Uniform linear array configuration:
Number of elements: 8
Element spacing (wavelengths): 1
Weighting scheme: hann
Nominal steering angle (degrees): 30
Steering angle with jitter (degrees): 29.936
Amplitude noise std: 0.05
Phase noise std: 0.05

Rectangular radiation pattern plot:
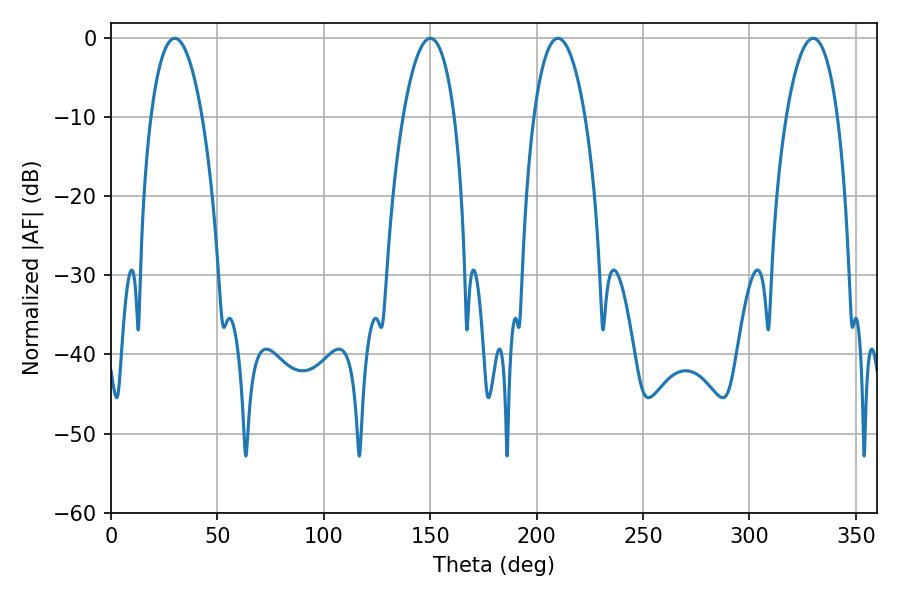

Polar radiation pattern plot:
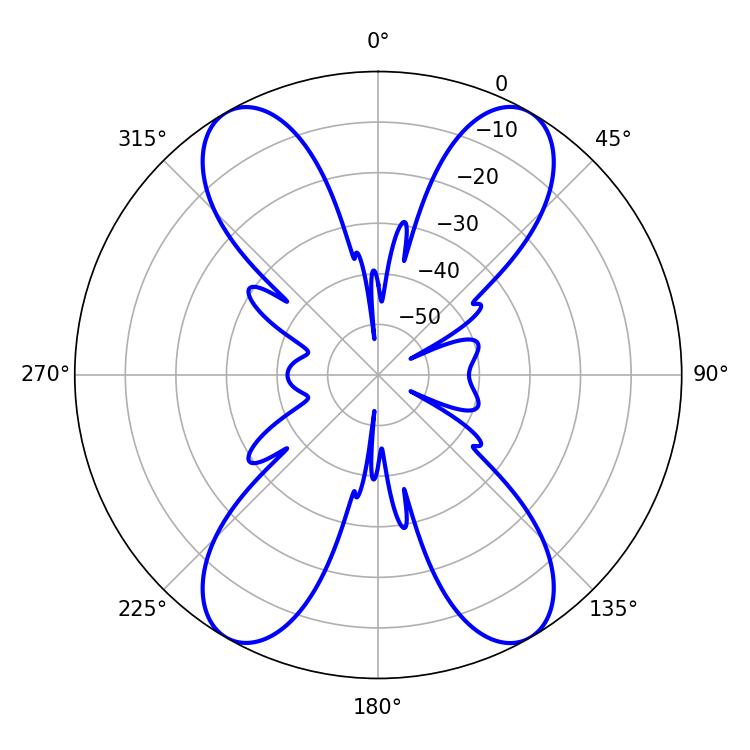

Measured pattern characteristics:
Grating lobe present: TRUE
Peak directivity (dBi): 52.578
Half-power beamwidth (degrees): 13.5
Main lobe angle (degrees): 210.06